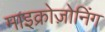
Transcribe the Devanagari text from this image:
माइक्रोज़ोनिंग